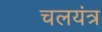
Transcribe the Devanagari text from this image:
चलयंत्र